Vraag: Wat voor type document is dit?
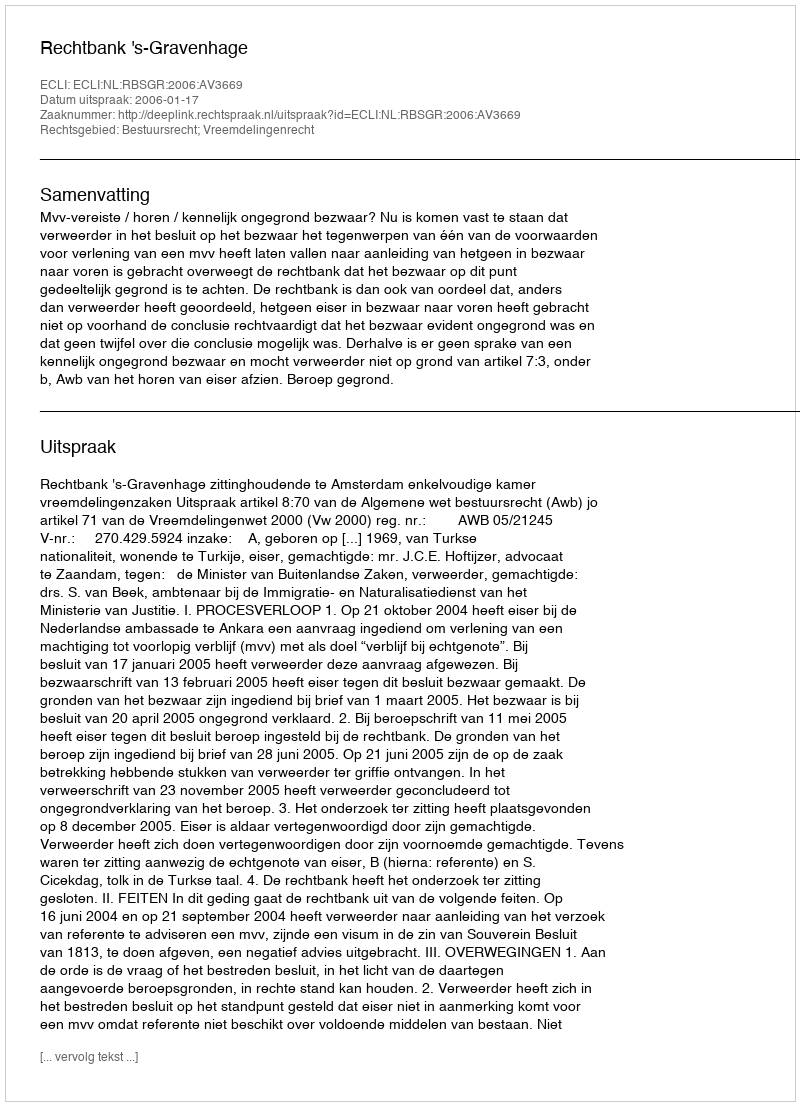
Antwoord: Uitspraak